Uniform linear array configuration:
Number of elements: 48
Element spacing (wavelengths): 0.75
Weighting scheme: uniform
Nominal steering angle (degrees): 15
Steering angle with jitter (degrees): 14.685
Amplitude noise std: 0.05
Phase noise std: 0.05

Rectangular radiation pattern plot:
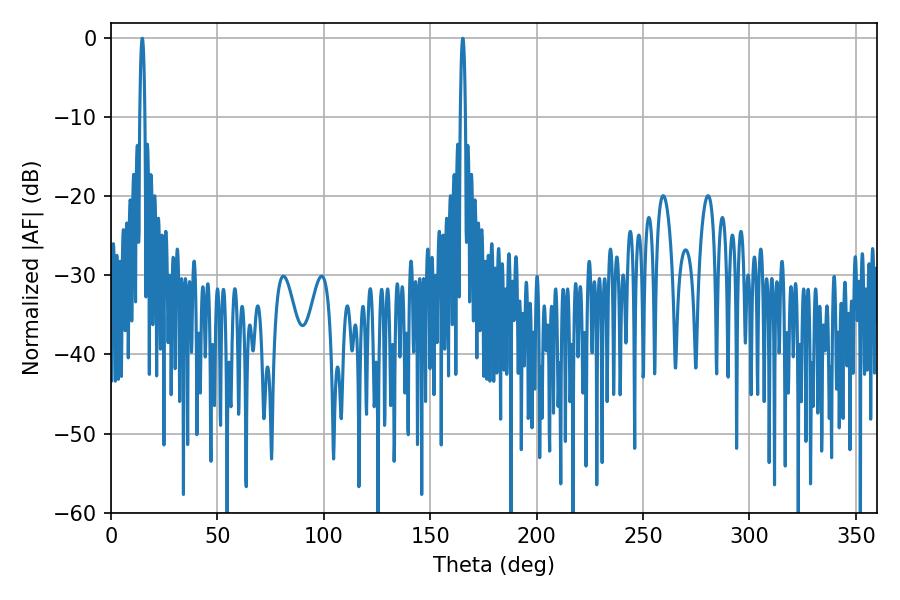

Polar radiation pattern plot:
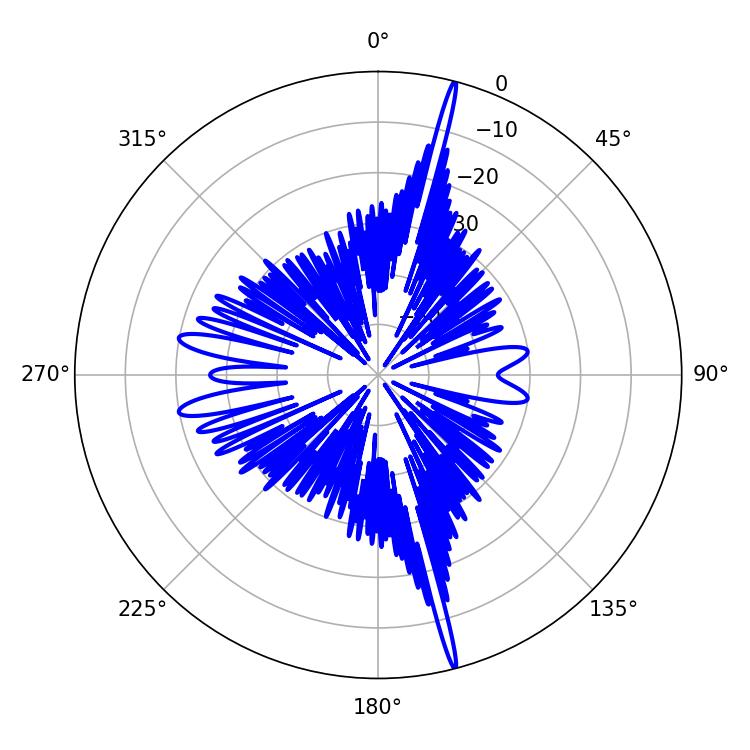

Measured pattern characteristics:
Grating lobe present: TRUE
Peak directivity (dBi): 22.254
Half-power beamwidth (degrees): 1.26
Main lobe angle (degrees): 14.76